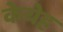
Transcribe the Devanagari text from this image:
केयेह